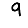
Digit: 9